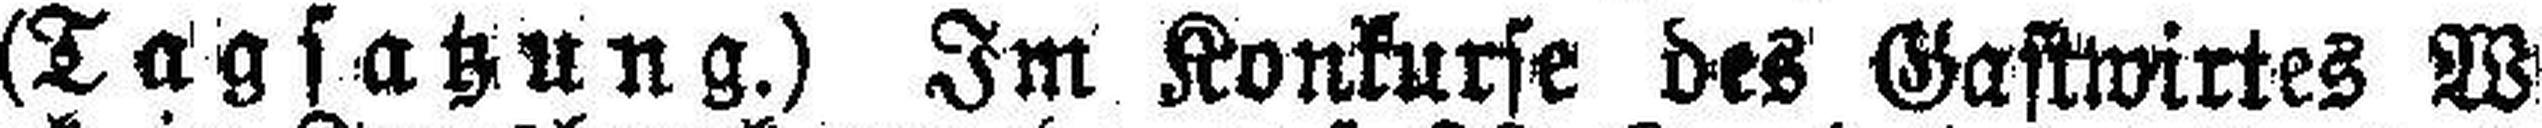
(Tagsatzung.) Im Konkurse des Gastwirtes W.